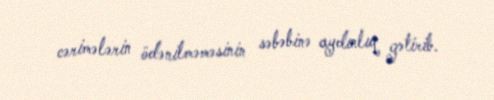
cərimələrin ödənilməməsinin səbəbinə aydınlıq gətirib.